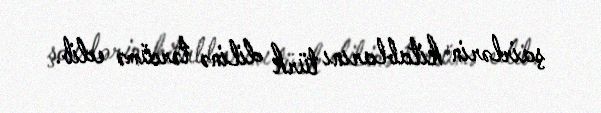
şairlərin kitablarını türk dilinə tərcümə edib.